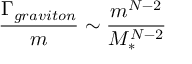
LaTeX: \frac { \Gamma _ { g r a v i t o n } } { m } \sim \frac { m ^ { N - 2 } } { M _ { * } ^ { N - 2 } }